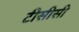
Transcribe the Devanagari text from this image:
टीसीसी